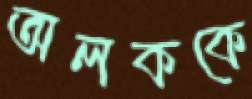
অলককে